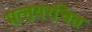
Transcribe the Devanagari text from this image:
मत्‍तयरचित